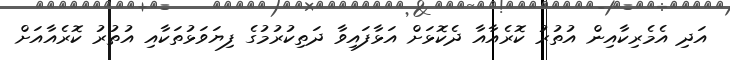
އަދި އެމެރިކާއިން އުތުރު ކޮރެއާއާ ދެކޮޅަށް އަޅާފައިވާ ދަތިކުރުމުގެ ފިޔަވަޅުތަކާއި އުތުރު ކޮރެއާއަށް